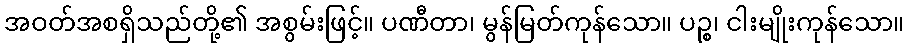
အဝတ်အစရှိသည်တို့၏ အစွမ်းဖြင့်။ ပဏီတာ၊ မွန်မြတ်ကုန်သော။ ပဉ္စ၊ ငါးမျိုးကုန်သော။